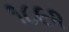
૧૮૯૨